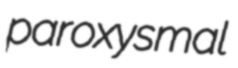
paroxysmal